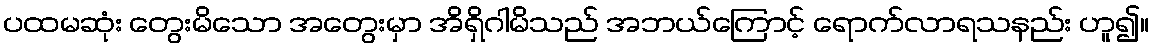
ပထမဆုံး တွေးမိသော အတွေးမှာ အိရှိဂါမိသည် အဘယ်ကြောင့် ရောက်လာရသနည်း ဟူ၍။